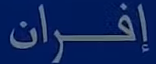
إفران